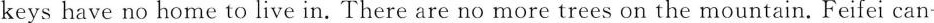
keys have no home to live in. There are no more trees on the mountain. Feifei can-